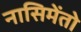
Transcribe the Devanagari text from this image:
नासिमेंतो